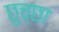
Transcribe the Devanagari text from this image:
छुच्छा